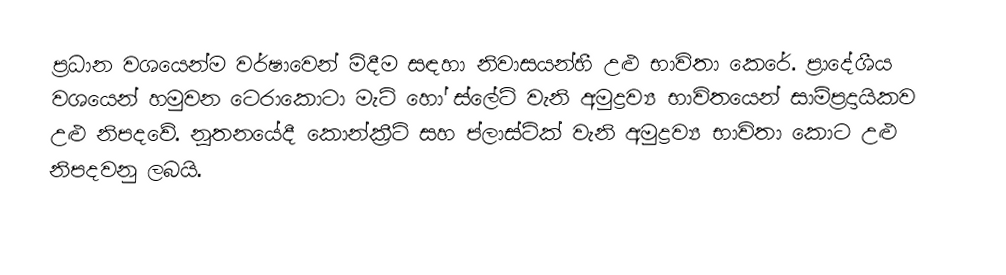
ප්‍රධාන වශයෙන්ම වර්ෂාවෙන් මිදීම සඳහා නිවාසයන්හී උළු භාවිතා කෙරේ. ප්‍රාදේශීය වශයෙන් හමුවන ටෙරාකොටා මැටි හෝ ස්ලේට් වැනි අමුද්‍රව්‍ය භාවිතයෙන් සාම්ප්‍රදායිකව උළු නිපදවේ. නූතනයේදී කොන්ක්‍රීට් සහ ප්ලාස්ටික් වැනි අමුද්‍රව්‍ය භාවිතා කොට උළු නිපදවනු ලබයි.